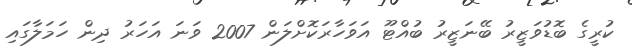
ކުރީގެ ބޮޑުވަޒީރު ބޭނަޒީރު ބުއްޓޫ އަވަހާރަކޮށްލަން 2007 ވަނަ އަހަރު ދިން ހަމަލާގައި